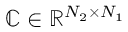
\mathbb { C } \in \mathbb { R } ^ { N _ { 2 } \times N _ { 1 } }